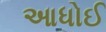
આધોઈ